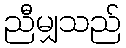
ညီမျှသည်